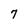
Character: 7